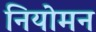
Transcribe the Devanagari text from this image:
नियोमन